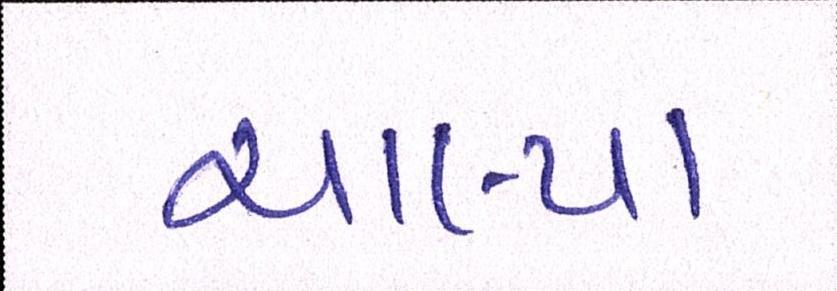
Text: ચાલ્યા